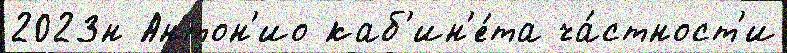
2023н Антон'ио каб'ин'е́та ча́стност'и